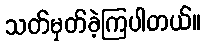
သတ်မှတ်ခဲ့ကြပါတယ်။